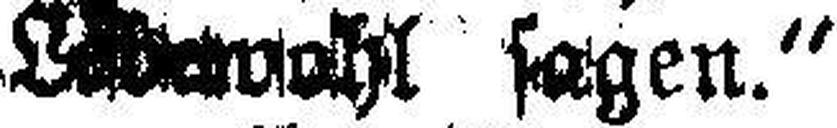
L###ahl sagen.“